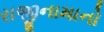
રાજીનામાનો